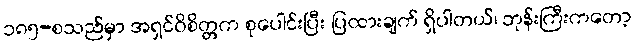
၁၈၅-စသည်မှာ အရှင်ဝိစိတ္တက စုပေါင်းပြီး ပြထားချက် ရှိပါတယ်၊ ဘုန်းကြီးကတော့